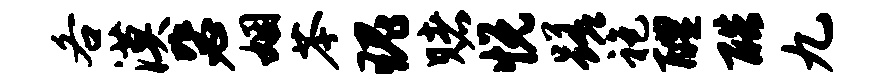
各漠毖姻苓瑰赌悦蹉袍醴酷九